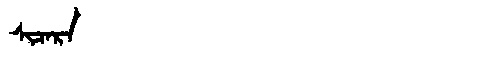
Manchu: ᠰᡳᠴᠠᡵᠠ
Romanization: SICARA